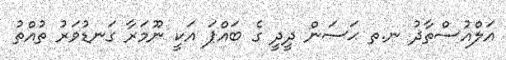
އަލްއުސްތާޛު ނ.ތ ޙަސަން ދީދީ ގެ ބައްޕަ އަކީ ނޫމަރާ ގަނޑުވަރު ތުއްތު